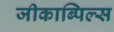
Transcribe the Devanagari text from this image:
जीकाब्पिल्स